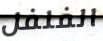
الفلفل